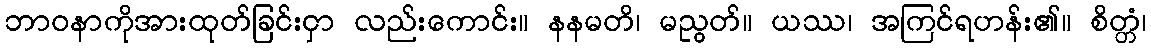
ဘာဝနာကိုအားထုတ်ခြင်းငှာ လည်းကောင်း။ နနမတိ၊ မညွတ်။ ယဿ၊ အကြင်ရဟန်း၏။ စိတ္တံ၊